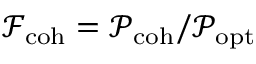
\mathcal { F } _ { \mathrm { c o h } } = \mathcal { P } _ { \mathrm { c o h } } / \mathcal { P } _ { \mathrm { o p t } }